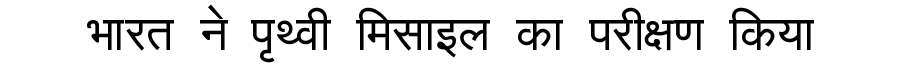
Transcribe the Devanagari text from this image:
भारत ने पृथ्वी मिसाइल का परीक्षण किया